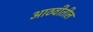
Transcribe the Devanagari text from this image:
आठवीतील